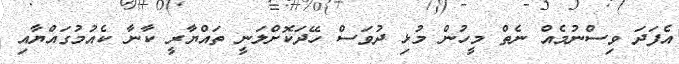
އެފަދަ ވިސްނުމެއް ނެތް މީހުން މުޅި ދުވަސް ހޭދަކޮށްލަނީ ތައްޔާރީ ކާނާ ކެއުމުގައްޔާއި